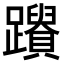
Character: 𨇚